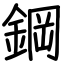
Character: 鋼